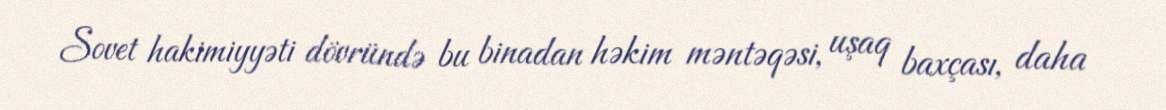
Sovet hakimiyyəti dövründə bu binadan həkim məntəqəsi, uşaq baxçası, daha